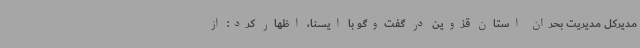
مدیرکل مدیریت بحران استان قزوین در گفت‌وگو با ایسنا، اظهار کرد: از